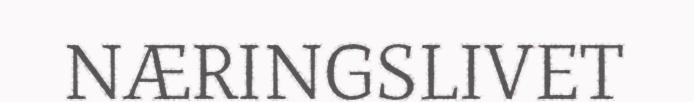
NÆRINGSLIVET